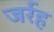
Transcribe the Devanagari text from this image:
जर्रह